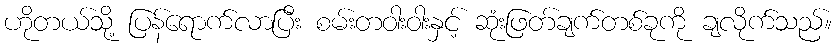
ဟိုတယ်သို့ ပြန်ရောက်လာပြီး စမ်းတဝါးဝါးနှင့် ဆုံးဖြတ်ချက်တစ်ခုကို ချလိုက်သည်။